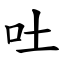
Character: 吐